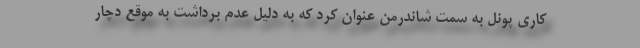
کاری پونل به سمت شاندرمن عنوان کرد که به دلیل عدم برداشت به موقع دچار